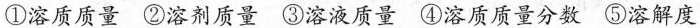
①溶质质量 ②溶剂质量 ③溶液质量 ④溶质质量分数 ⑤溶解度